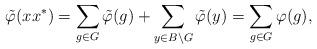
LaTeX: \begin{align*}\tilde{\varphi}(xx^\ast)=\sum_{g\in G}\tilde{\varphi}(g)+\sum_{y\in B\setminus G}\tilde{\varphi}(y)=\sum_{g\in G}\varphi(g),\end{align*}